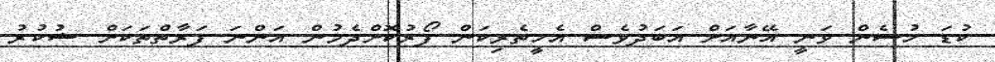
ކުޑަ ހުސެން ވަނީ އޭނާއަށް އަބަދުވެސް އެހީތެރިކަން ފޯރުކޮށްދެމުން އަންނަ ފަރާތްތަކަށް ޝުކުރު